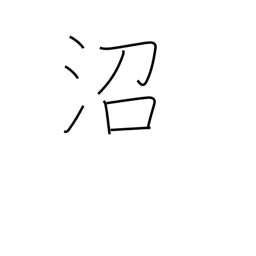
Meaning: bog